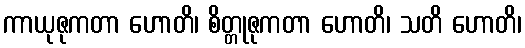
ကာယုဇုကတာ ဟောတိ၊ စိတ္တုဇုကတာ ဟောတိ၊ သတိ ဟောတိ၊